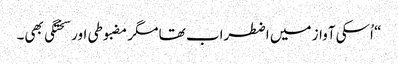
“ اُسکی آواز میں اضطراب تھا مگر مضبوطی اور سختگی بھی۔